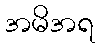
အမိအရ